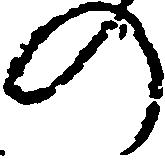
の